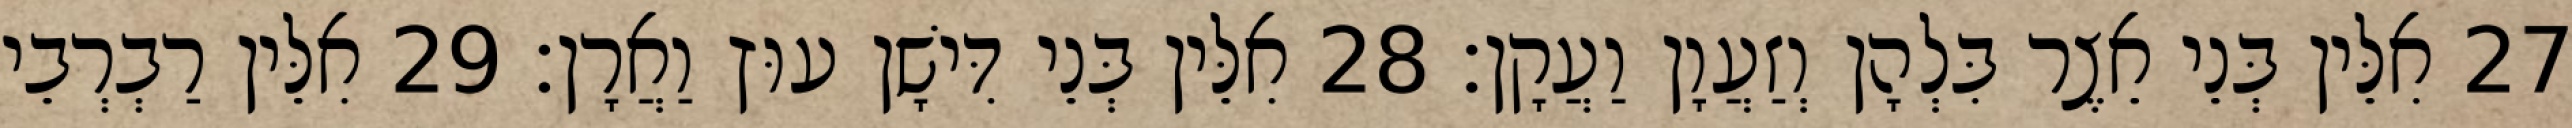
27 אִלֵּין בְּנֵי אֵצֶר בִּלְהָן וְזַעֲוָן וַעֲקָן׃ 28 אִלֵּין בְּנֵי דִּישָׁן עוּץ וַאֲרָן׃ 29 אִלֵּין רַבְרְבֵי